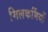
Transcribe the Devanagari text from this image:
मिलकर्मियों